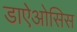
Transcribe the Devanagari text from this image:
डाऐओसिस